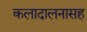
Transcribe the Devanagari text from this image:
कलादालनासह